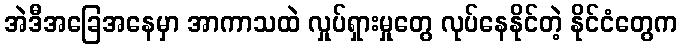
အဲဒီအခြေအနေမှာ အာကာသထဲ လှုပ်ရှားမှုတွေ လုပ်နေနိုင်တဲ့ နိုင်ငံတွေက